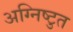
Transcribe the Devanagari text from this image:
अग्निष्टुत